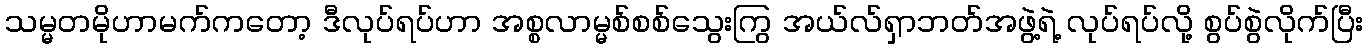
သမ္မတမိုဟာမက်ကတော့ ဒီလုပ်ရပ်ဟာ အစ္စလာမ္မစ်စစ်သွေးကြွ အယ်လ်ရှာဘတ်အဖွဲ့ရဲ့ လုပ်ရပ်လို့ စွပ်စွဲလိုက်ပြီး